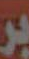
بر